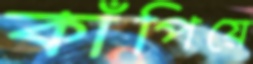
কাঁপিয়ে